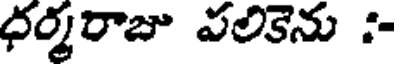
ధర్మరాజు పలికెను :-